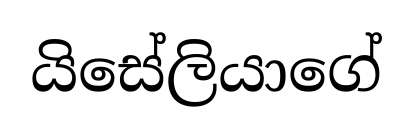
යිසේලියාගේ